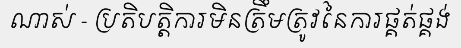
ណាស់ - ប្រតិបត្តិការមិនត្រឹមត្រូវនៃការផ្គត់ផ្គង់